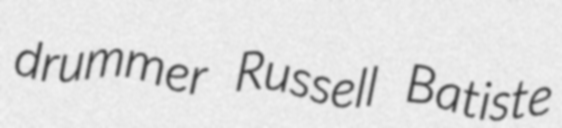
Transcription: drummer Russell Batiste